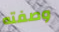
وصفته